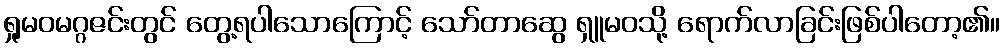
ရှုမဝမဂ္ဂဇင်းတွင် တွေ့ရပါသောကြောင့် သော်တာဆွေ ရှူမဝသို့ ရောက်လာခြင်းဖြစ်ပါတော့၏။